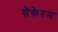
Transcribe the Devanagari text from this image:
सैकेरम